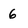
Character: 6